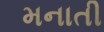
મનાતી